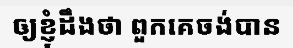
ឲ្យខ្ញុំដឹងថា ពួកគេចង់បាន